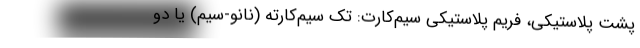
پشت پلاستیکی، فریم پلاستیکی سیم‌کارت: تک سیم‌کارته (نانو-سیم) یا دو